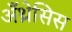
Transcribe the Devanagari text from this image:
अँथ्रेसिस